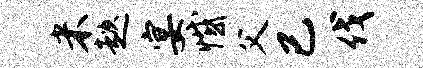
米趑宴憾父已伐